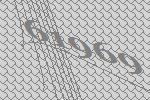
61969